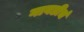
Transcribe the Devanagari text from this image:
गाबडीचं